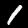
Digit: 1